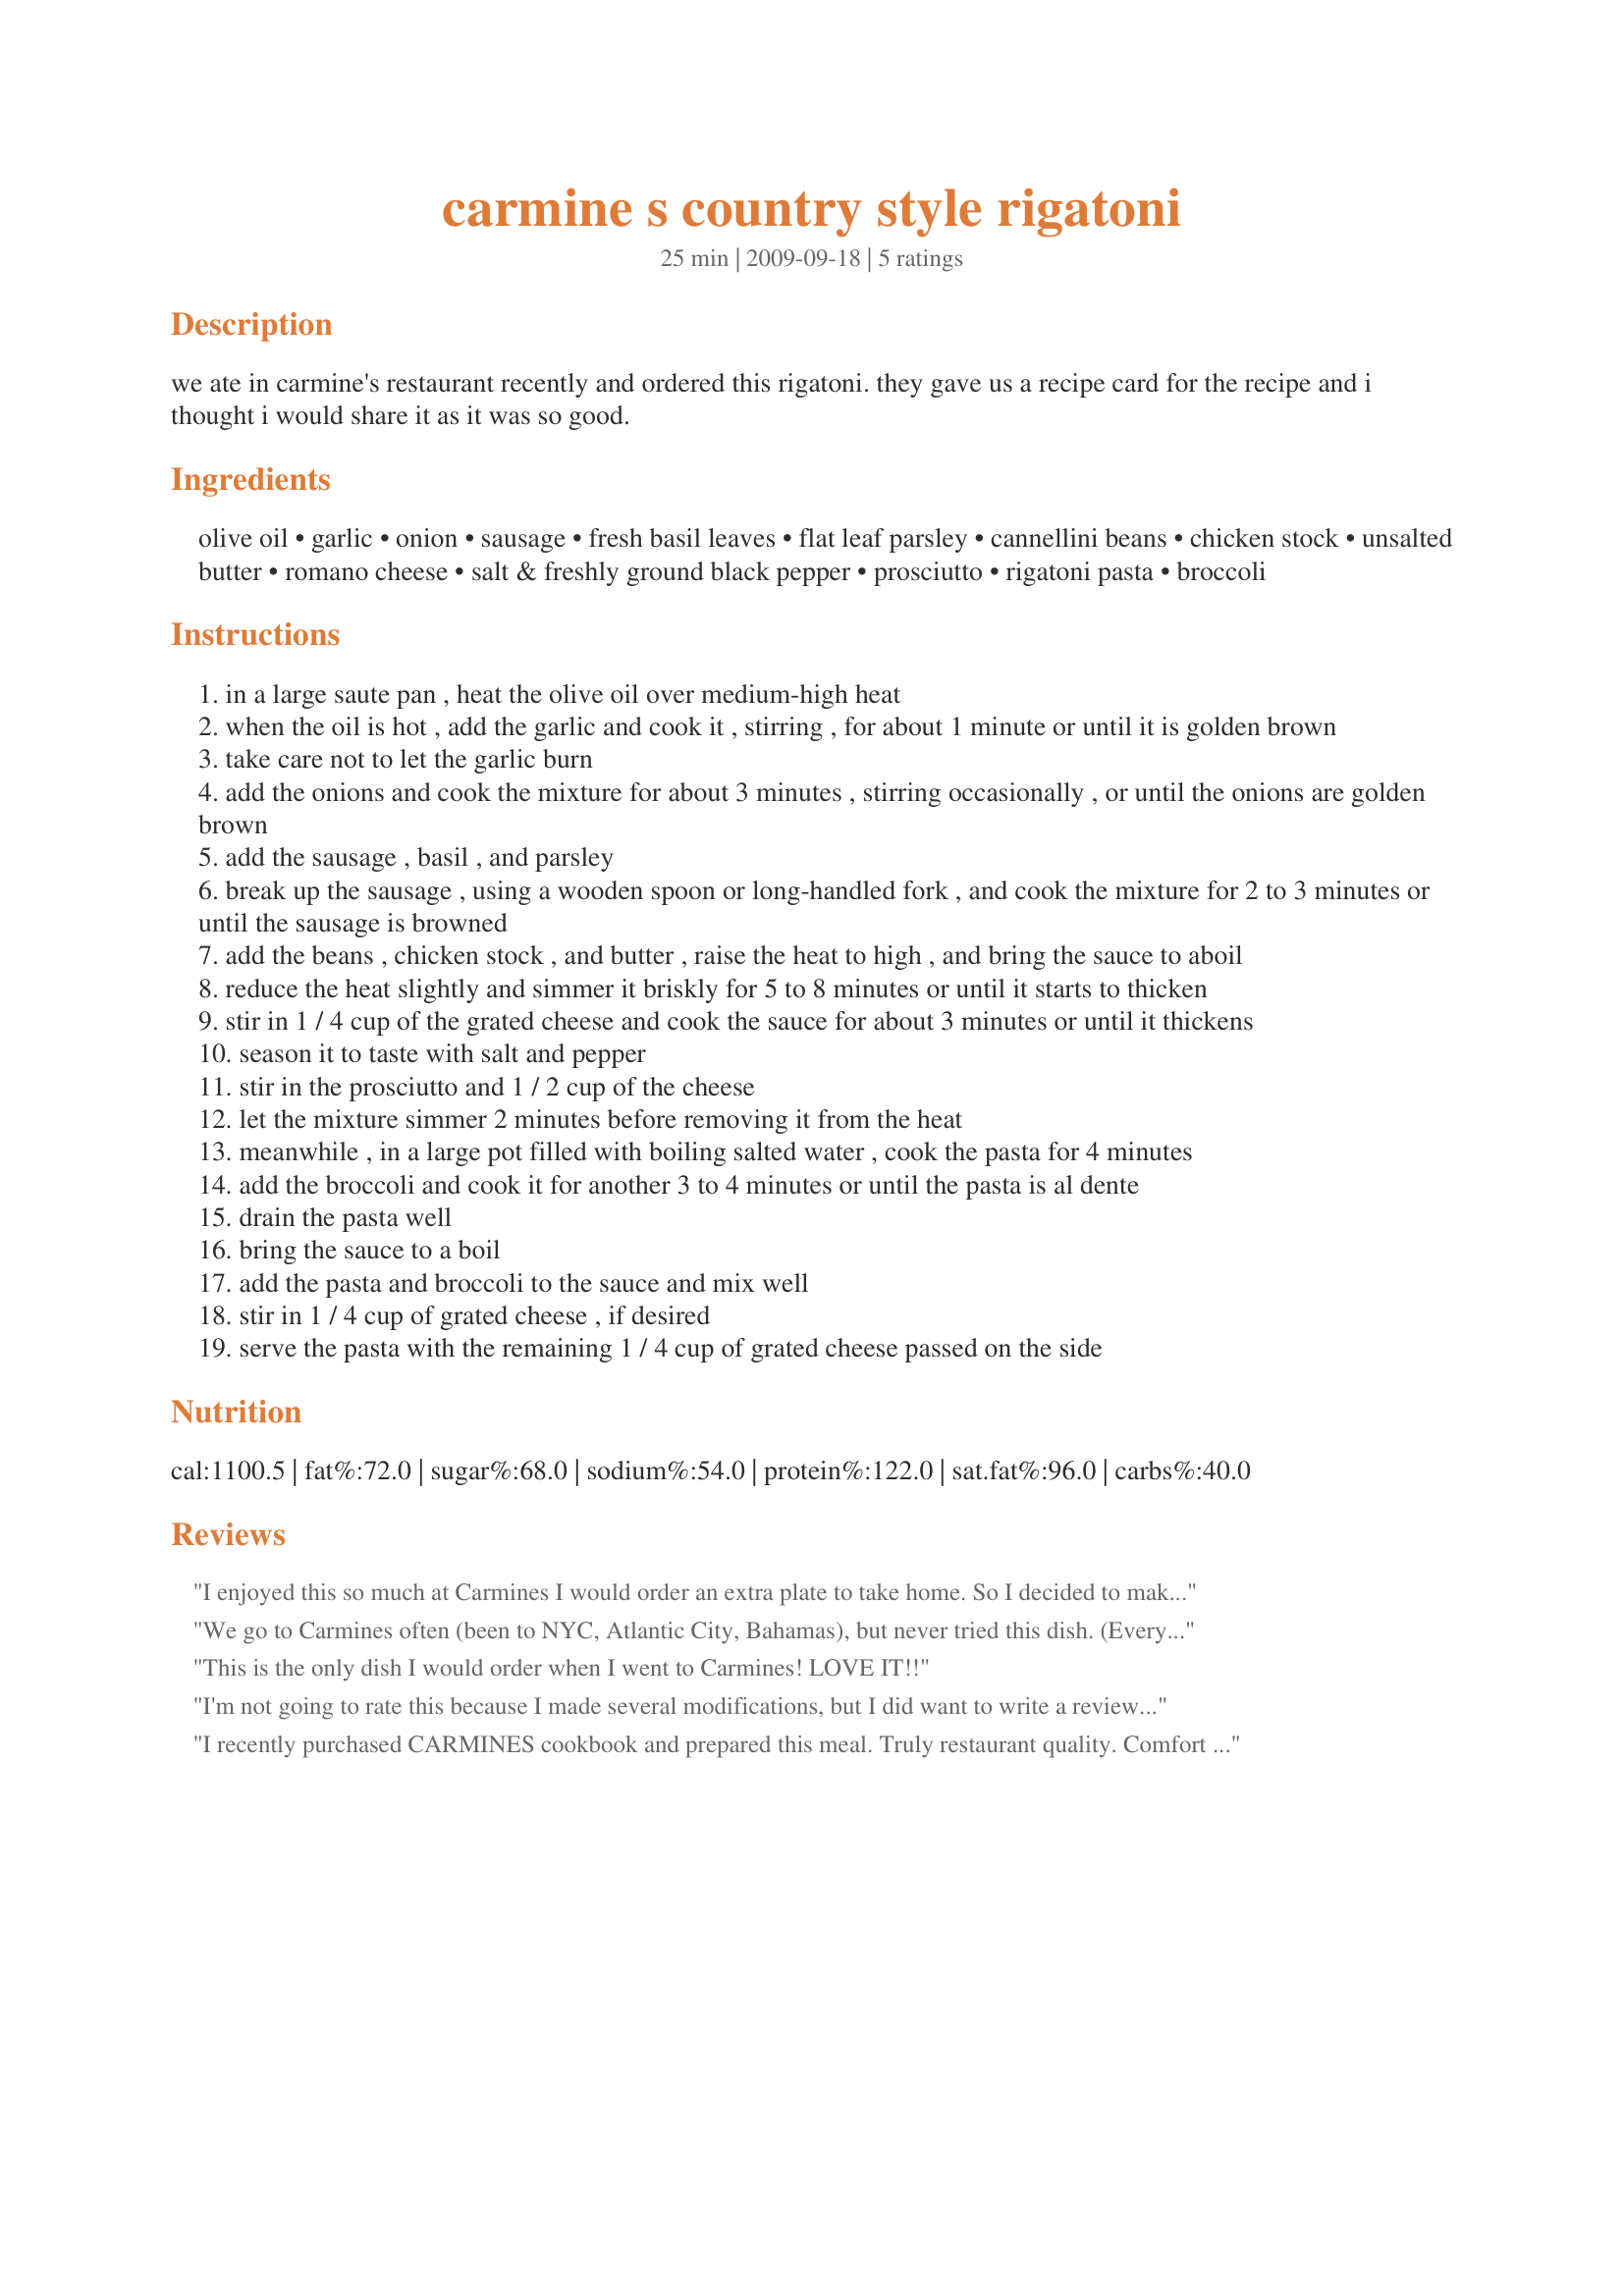
carmine s country style rigatoni
Preparation time: 25 minutes

we ate in carmine's restaurant recently and ordered this rigatoni. they gave us a recipe card for the recipe and i thought i would share it as it was so good.

Ingredients:
olive oil, garlic, onion, sausage, fresh basil leaves, flat leaf parsley, cannellini beans, chicken stock, unsalted butter, romano cheese, salt & freshly ground black pepper, prosciutto, rigatoni pasta, broccoli

Steps:
in a large saute pan , heat the olive oil over medium-high heat
when the oil is hot , add the garlic and cook it , stirring , for about 1 minute or until it is golden brown
take care not to let the garlic burn
add the onions and cook the mixture for about 3 minutes , stirring occasionally , or until the onions are golden brown
add the sausage , basil , and parsley
break up the sausage , using a wooden spoon or long-handled fork , and cook the mixture for 2 to 3 minutes or until the sausage is browned
add the beans , chicken stock , and butter , raise the heat to high , and bring the sauce to aboil
reduce the heat slightly and simmer it briskly for 5 to 8 minutes or until it starts to thicken
stir in 1 / 4 cup of the grated cheese and cook the sauce for about 3 minutes or until it thickens
season it to taste with salt and pepper
stir in the prosciutto and 1 / 2 cup of the cheese
let the mixture simmer 2 minutes before removing it from the heat
meanwhile , in a large pot filled with boiling salted water , cook the pasta for 4 minutes
add the broccoli and cook it for another 3 to 4 minutes or until the pasta is al dente
drain the pasta well
bring the sauce to a boil
add the pasta and broccoli to the sauce and mix well
stir in 1 / 4 cup of grated cheese , if desired
serve the pasta with the remaining 1 / 4 cup of grated cheese passed on the side

Reviews:
I enjoyed this so much at Carmines I would order an extra plate to take home. So I decided to make it myself and my family loved it. The only things I change was I used hot Italian sauges instead of fennel, salted butter for more flavor and we love garlic so i used 3 big tablespoons and garlic herb seasoning. Since I didn't have Romano cheese I used grated Parmesan and added fresh spinach But I excluded the Cannelloni beans &amp; Prosciutto. I would have took a picture but my husband and son started eating it as soon as I was finished and there were no left overs. I made it with salad and cheddar biscuits... Yummmmm!!
We go to Carmines often (been to NYC, Atlantic City, Bahamas), but never tried this dish. (Everything they make is delicious) We loved it!
This is the only dish I would order when I went to Carmines! LOVE IT!!
I'm not going to rate this because I made several modifications, but I did want to write a review for anyone else who is looking for info on how they would modify it. The major modification was using mild turkey sausage. I also used a fraction of the olive oil (2 T) and butter (2 T) and only 1 cup of parmesan cheese. My can of cannellini beans was only 15 oz, and I only used 1 can chicken broth - which is shy of the 2c requested. I had Mezi Rigatoni (the short rigatoni). I thought the dish came out very well, even with modifications, but I would have like a little more zip in it - maybe I'd use hot sausage next time. I'm not a fan of fennel, so I'm not sorry to not have that flavor in the dish, but it just needed something more (besides fat :-). I changed the recipe so much, I created my own version, #466511, which cuts the calories per serving in half.
I recently purchased CARMINES cookbook and prepared this meal. Truly restaurant quality. Comfort food to the max with hot crusty bread and a salad.
